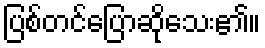
ပြစ်တင်ပြောဆိုသေး၏။